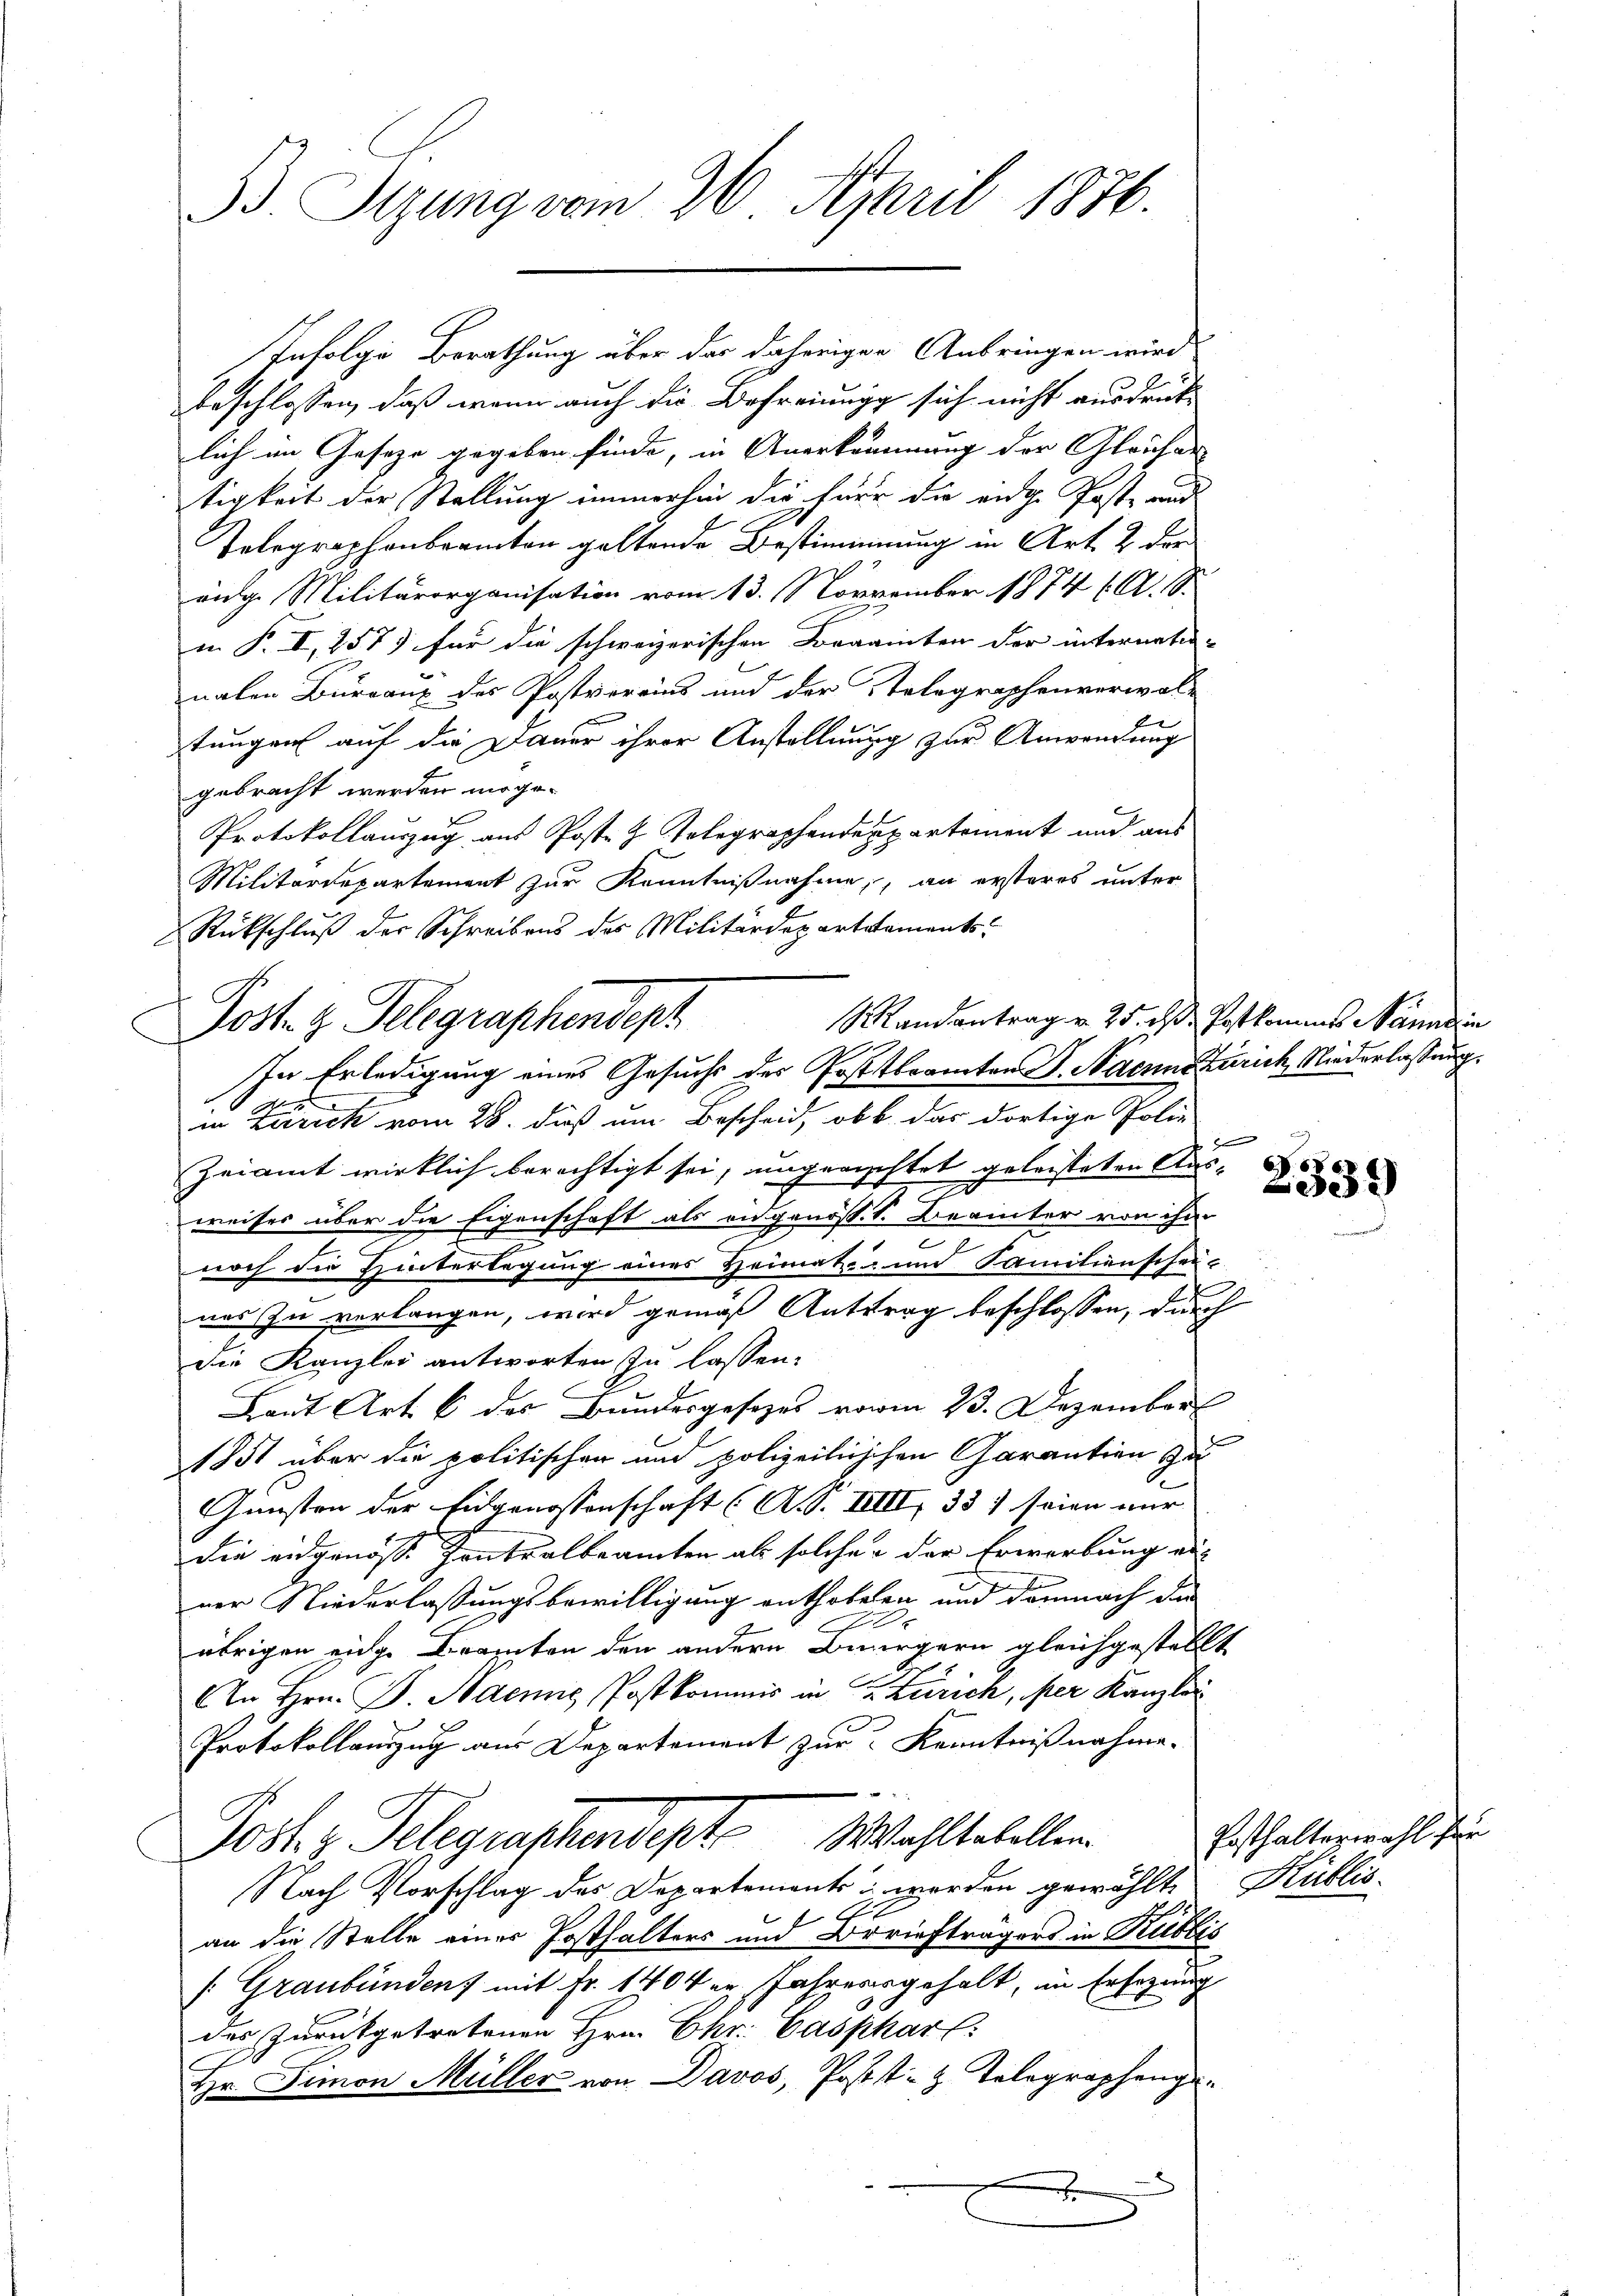
B. Sigung vom 26. April 1876.

Infolge Berathung über der daherigen Anbringen wird
beschlossen, daß wenn auch die Befreiungg sich nicht ausdrück-
lich im Gesetze gegeben finde, in Anerkennung der Gleicher- |
tigkeit der Stellung immerhin die für die eidge Poste rund
Telegraphenberamten geltende Bestimmung in Art. 2 der
änge Militärorganisation vom 13. November 1874 (O. S.
in P. I, 257 für die schweizerischen Beamten der internati-
nalen Bureaux des Postvereins und der Telegraphenverwal-
tungen auf die Dauer ihrer Anstellung zur Anwendung
gebracht werden möge.
Protokollauszug aus Poste z. Telegraphendepartement und aus
Militärdepartement zur Kenntnißnahme, an ersteres unter
Rückschluß der Schreibens des Militärdepartstaments-
in Frick vom 28. daß um Bescheid, ob b. das dortige Poli-
Zeiamt wirklich berechtigt sei, ungerichtet geleisteten Aus¬
2
weises über die Eigenschaft als eidgenöss. S. Beamter von ihm
.
z
noch die Hintertagung eines Heimatum Sanitionschei
ner In verlangen, wird gemäß Antrag beschlossen, durch
Die Kanzlei antworten zu lassen:
Laut Art. 6 des Bundesgesetzes vom 23. Dezember
1851 über die politischen und polizeilischen Garantien zu
Gunsten der Eidgenossenschaft (A.S. IIIII, 33) seien nur
die eidgenöss. Zentralbeamten als solche & der Erwerbung einer Niederlassungsbewilligung enthobeten und demnach die
0x
übrigen eige Branten den andern Bürgern gleichgestellt
An Hrn. B. Haemie Postkommis in Zürich, per Kanzlei
Protokollauszug aus Departement zur Kenntnißnahme.
e
Wahltabellen.
Jost Telegraphendet
Nach Vorschlag des Departements werden gewählte Kullis
x
an die Stelle einer Posthalters und Orriefträgers in Rubis
[Graubünden mit Fr. 1404 er Jahrensgehalt, im Ersezung
des Zurückgetretenen Hrn. Chr. Casphar:
Hr. Simon Müller von Davos, Postt- z. Telegraphenge.
.

Mandantrag v. 25. ds Postkomines Manne in
Post. H. Telegraphendept
In Erledigung eines Gesuchs des Posttbeamten J. Nach Zürich, Niederlassung.

2339

Posthalterwahl für